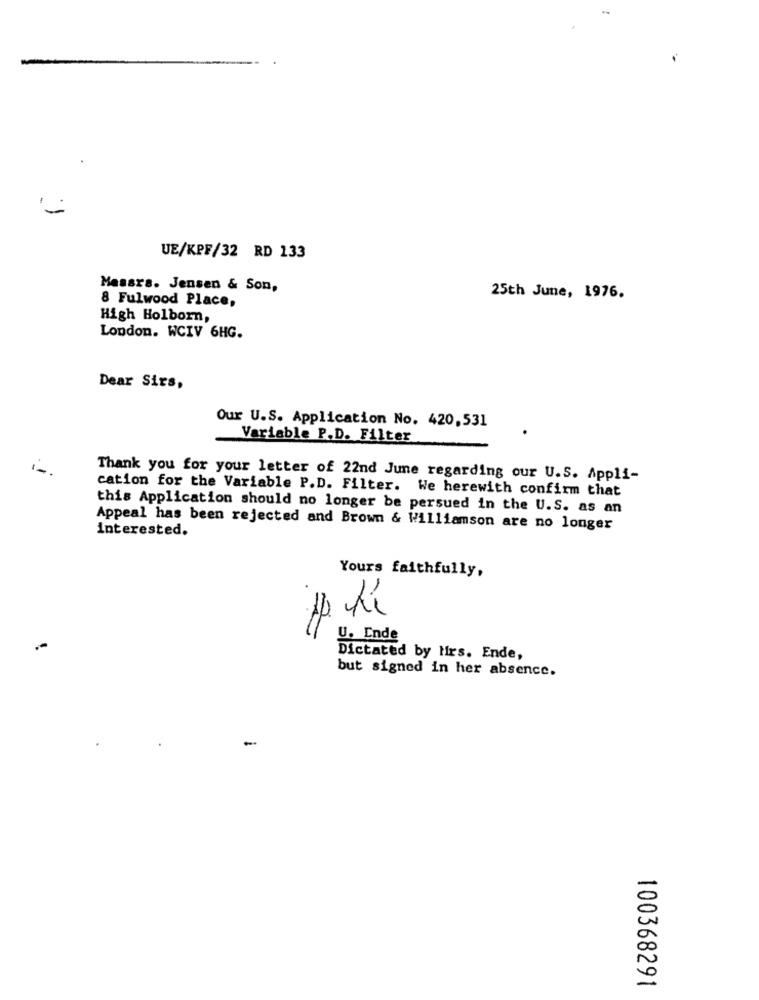
UE/KPF/32 RD 133
Messrs. Jensen & Son,
8 Fulwood Place,
25th June, 1976.
High Holborn,
London. WCIV 6HG.
Dear Sirs,
Our U.S. Application No. 420,531
Variable P.D. Filter
Thank you for your letter of 22nd June regarding our U.S. Appli-
cation for the Variable P.D. Filter. We herewith confirm that
this Application should no longer be persued in the U.S. as an
Appeal has been rejected and Brown & Williamson are no longer
interested.
Yours faithfully,
U. Ende
Dictated by Hirs. Ende,
but signed in her absence.
-
100368291